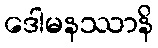
ဒေါမနဿာနိ